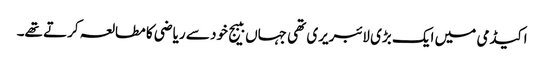
اکیڈمی میں ایک بڑی لائبریری تھی جہاں ببیج خود سے ریاضی کا مطالعہ کرتے تھے۔